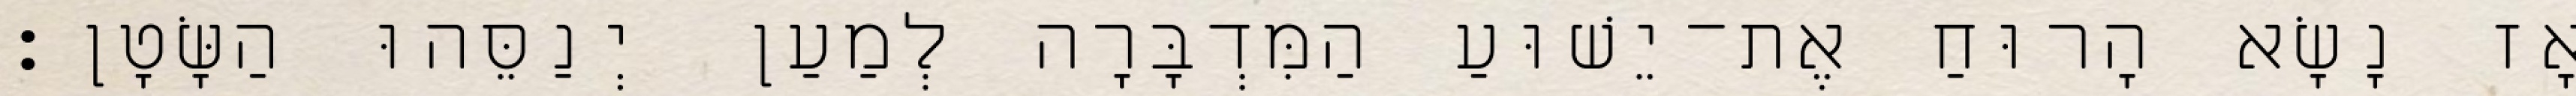
אָז נָשָׂא הָרוּחַ אֶת־יֵשׁוּעַ הַמִּדְבָּרָה לְמַעַן יְנַסֵּהוּ הַשָּׂטָן׃